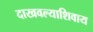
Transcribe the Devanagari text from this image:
दाखवल्याशिवाय